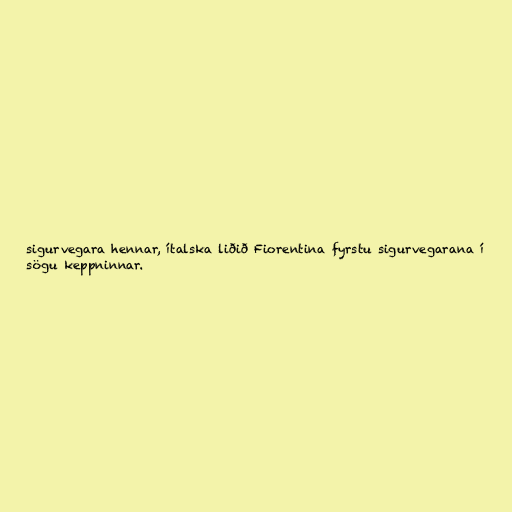
sigurvegara hennar, ítalska liðið Fiorentina fyrstu sigurvegarana í
sögu keppninnar.